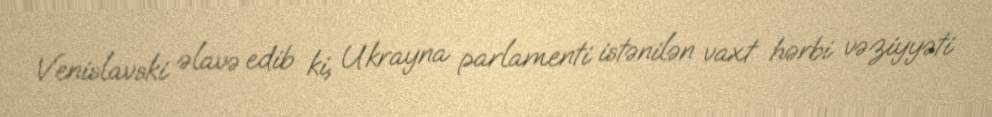
Venislavski əlavə edib ki, Ukrayna parlamenti istənilən vaxt hərbi vəziyyəti